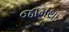
જામથા